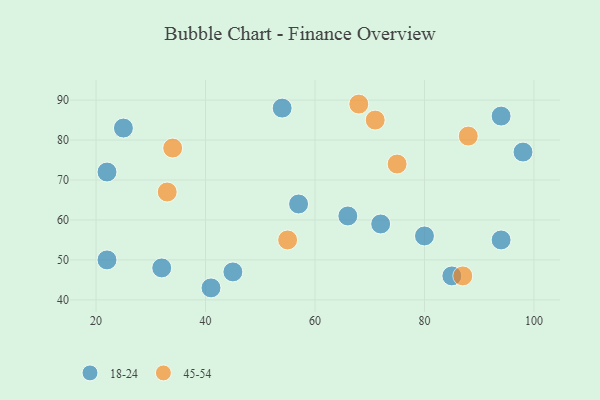
{"axis": {"x": "GDP", "y": "Life Expectancy"}, "legend": ["18-24", "45-54"], "data": [{"x": "45", "y": 47, "type": "18-24"}, {"x": "66", "y": 61, "type": "18-24"}, {"x": "54", "y": 88, "type": "18-24"}, {"x": "41", "y": 43, "type": "18-24"}, {"x": "94", "y": 86, "type": "18-24"}, {"x": "72", "y": 59, "type": "18-24"}, {"x": "80", "y": 56, "type": "18-24"}, {"x": "94", "y": 55, "type": "18-24"}, {"x": "98", "y": 77, "type": "18-24"}, {"x": "85", "y": 46, "type": "18-24"}, {"x": "32", "y": 48, "type": "18-24"}, {"x": "22", "y": 50, "type": "18-24"}, {"x": "22", "y": 72, "type": "18-24"}, {"x": "57", "y": 64, "type": "18-24"}, {"x": "25", "y": 83, "type": "18-24"}, {"x": "68", "y": 89, "type": "45-54"}, {"x": "34", "y": 78, "type": "45-54"}, {"x": "75", "y": 74, "type": "45-54"}, {"x": "87", "y": 46, "type": "45-54"}, {"x": "71", "y": 85, "type": "45-54"}, {"x": "33", "y": 67, "type": "45-54"}, {"x": "88", "y": 81, "type": "45-54"}, {"x": "55", "y": 55, "type": "45-54"}]}